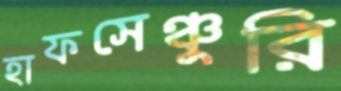
হাফসেঞ্চুরি